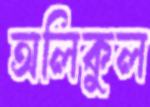
অলিকুল